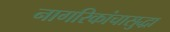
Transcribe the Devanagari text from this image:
नागरिकांचासुद्धा